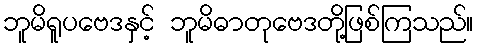
ဘူမိရူပဗေဒနှင့် ဘူမိဓာတုဗေဒတို့ဖြစ်ကြသည်။